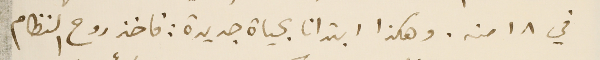
في ١٨ منه. وهكذا ابتدانا بحياة جديدة: فاخذ روح النظام